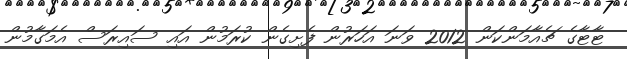
ޓާޓާގެ ޗެއާމަންކަން 2012 ވަނަ އަހަރުން ފެށިގެން ކުރަމުން އައި ސައިރަސް އެމަގާމުން